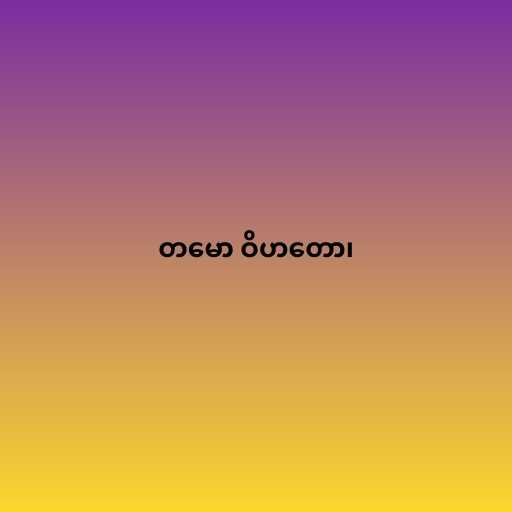
တမော ဝိဟတော၊